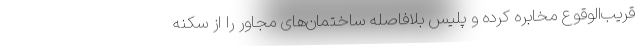
قریب‌الوقوع مخابره کرده و پلیس بلافاصله ساختمان‌های مجاور را از سکنه